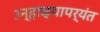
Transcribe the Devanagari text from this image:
उन्हाळ्यापर्यंत